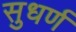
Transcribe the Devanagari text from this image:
सुधर्ण